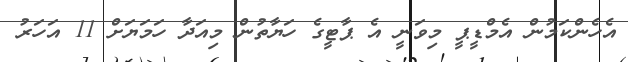
އެހެންކަމުން އެމްޑީޕީ މިވަނީ އެ ޕާޓީގެ ހަޔާތުން މިއަދާ ހަމަޔަށް 11 އަހަރު